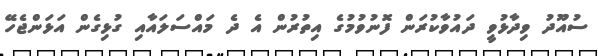
ސުއޫދު ވިދާޅުވީ ދައުވާކުރަން ފޮނުވުމުގެ އިތުރުން އެ ދެ މައްސަލައާއި ގުޅިގެން އަޅަންޖެހޭ